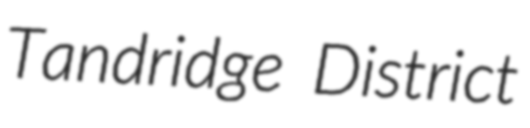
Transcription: Tandridge District